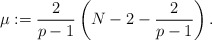
\begin{align*}\mu:=\frac{2}{p-1}\left( N-2-\frac{2}{p-1}\right).\end{align*}